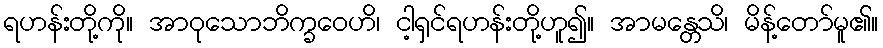
ရဟန်းတို့ကို။ အာဝုသောဘိက္ခဝေဟိ၊ ငါ့ရှင်ရဟန်းတို့ဟူ၍။ အာမန္တေသိ၊ မိန့်တော်မူ၏။